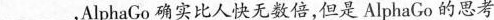
___，AlphaGo确实比人快无数倍，但是AlphaGo的思考